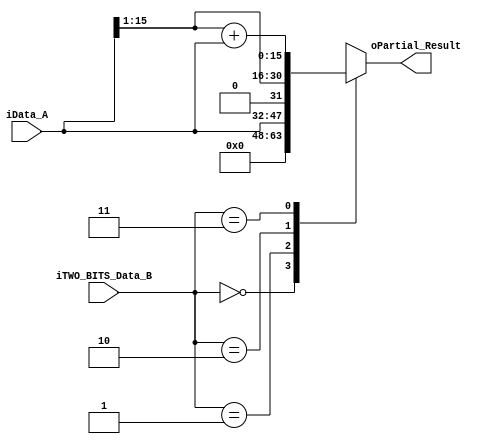
////////////////////////////////////////////////////////////////////////
/////////// TWO_BITS_LUT_MULT
////////////////////////////////////////////////////////////////////////
// Implements a multiplication of 2 bits, using LUT table implementation
// Multiplies iData_A (16b) with iTWO_BITS_Data_B (2b)
module TWO_BITS_LUT_MULT 
(
input wire [15:0] iData_A, // Input data, 15Bits multiplicand
input wire [1:0] iTWO_BITS_Data_B, // Input data, 2Bits multiplicand
output reg [15:0] oPartial_Result // Result of iData_A*iTWO_BITS_Data_B
);

always @ (*) 
	case (iTWO_BITS_Data_B)
		0: oPartial_Result = 0; // Multiplying by 0, gives 0
		1: oPartial_Result = iData_A; // Multiplying by 1, gives A
		2: oPartial_Result = iData_A >> 1; // Multiplying by 2, gives 2*A -- Multiplying by 2, its the same as a displacement to the left
		3: oPartial_Result = (iData_A >> 1) + iData_A; // Multipliying by 3, gives 3*A = A + 2*A
	endcase
endmodule
////////////////////////////////////////////////////////////////////////


////////////////////////////////////////////////////////////////////////
///// Implementation of a 4BIT multiplication, with LUT
////////////////////////////////////////////////////////////////////////
// Implements a 4bit to 16bit multiplication, using two TWO_BITS_LUT_MULT
// modules. 
module FOUR_BITS_LUT_MULT
(
input wire [15:0] iData_A, // Input data, 15Bits multiplicand
input wire [3:0] iFOUR_BITS_Data_B, // Input data, 4Bits multiplicand
output wire [15:0] oPartial_Result // Result of iData_A*iFOUR_BITS_Data_B
);

// Definitions of wires for partial results:
wire [15:0] lower_bits_result, higher_bits_result;

//// Definition of two modules of 2BIT multiplication with LUT

// Lower bit multiplication
TWO_BITS_LUT_MULT lower_bits_mult
(
	.iData_A( iData_A ),
	.iTWO_BITS_Data_B( iFOUR_BITS_Data_B[1:0] ),
	.oPartial_Result( lower_bits_result )
);

// Higher bits multiplication
TWO_BITS_LUT_MULT higher_bits_mult
(
	.iData_A( iData_A ),
	.iTWO_BITS_Data_B( iFOUR_BITS_Data_B[3:2] ),
	.oPartial_Result( higher_bits_result )
);

//// Definition of the result, based on the partial outputs
// Result is the sum of the lower bits, plus the higher bits with 2 bits shifted
assign oPartial_Result = lower_bits_result + (higher_bits_result << 2);


endmodule
////////////////////////////////////////////////////////////////////////

////////////////////////////////////////////////////////////////////////
///// Implementation of a 8BIT multiplication, with LUT
module EIGHT_BITS_LUT_MULT
(
input wire [15:0] iData_A,
input wire [7:0] iEIGHT_BITS_Data_B,
output wire [15:0] oPartial_Result
);

// Definitions of wires for partial results:
wire [15:0] lower_bits_result, higher_bits_result;

//// Definition of two modules of 2BIT multiplication with LUT

// Lower bit multiplication
FOUR_BITS_LUT_MULT lower_bits_mult
(
	.iData_A( iData_A ),
	.iFOUR_BITS_Data_B( iEIGHT_BITS_Data_B[3:0] ),
	.oPartial_Result( lower_bits_result )
);

// Higher bits multiplication
FOUR_BITS_LUT_MULT higher_bits_mult
(
	.iData_A( iData_A ),
	.iFOUR_BITS_Data_B( iEIGHT_BITS_Data_B[7:4] ),
	.oPartial_Result( higher_bits_result )
);

//// Definition of the result, based on the partial outputs
// Result is the sum of the lower bits, plus the higher bits with 2 bits shifted
assign oPartial_Result = lower_bits_result + (higher_bits_result << 4);


endmodule
////////////////////////////////////////////////////////////////////////

////////////////////////////////////////////////////////////////////////
///// Implementation of a 16BIT multiplication, with LUT
module LUT_MULT
(
input wire [15:0] iData_A,
input wire [15:0] iData_B,
output wire [15:0] oResult
);

// Definitions of wires for partial results:
wire [15:0] lower_bits_result, higher_bits_result;

//// Definition of two modules of 2BIT multiplication with LUT

// Lower bit multiplication
EIGHT_BITS_LUT_MULT lower_bits_mult
(
	.iData_A( iData_A ),
	.iEIGHT_BITS_Data_B( iData_B[7:0] ),
	.oPartial_Result( lower_bits_result )
);

// Higher bits multiplication
EIGHT_BITS_LUT_MULT higher_bits_mult
(
	.iData_A( iData_A ),
	.iEIGHT_BITS_Data_B( iData_B[15:8] ),
	.oPartial_Result( higher_bits_result )
);

//// Definition of the result, based on the partial outputs
// Result is the sum of the lower bits, plus the higher bits with 2 bits shifted
assign oResult = lower_bits_result + (higher_bits_result << 8);


endmodule
////////////////////////////////////////////////////////////////////////
////////////////////////////////////////////////////////////////////////
/////////// LUT2
////////////////////////////////////////////////////////////////////////
// Implements a multiplication of 2 bits, using LUT table implementation
// Multiplies iData_A (16b) with iTWO_BITS_Data_B (2b)
module LUT_4bits 
(
input wire [15:0] iData_A, // Input data, 15Bits multiplicand
input wire [3:0] iFOUR_BITS_Data_B, // Input data, 2Bits multiplicand
output reg [15:0] oPartial_Result // Result of iData_A*iTWO_BITS_Data_B
);

always @ (iFOUR_BITS_Data_B)
	case (iFOUR_BITS_Data_B)
		0: oPartial_Result = 0; // Multiplying by 0, gives 0
		1: oPartial_Result = iData_A; // Multiplying by 1, gives A
		2: oPartial_Result = iData_A >> 1; // Multiplying by 2, gives 2*A -- Multiplying by 2, its the same as a displacement to the left
		3: oPartial_Result = (iData_A >> 1) + iData_A; // Multipliying by 3, gives 3*A = A + 2*A
		4: oPartial_Result = (iData_A >> 2); // Multiplying by 4 is shifting two bits to the left
		5: oPartial_Result = (iData_A >> 2) + iData_A; // 5*A = 4*A + A = A>>2 + A
		6: oPartial_Result = (iData_A >> 1) + (iData_A >> 2); // 6*A = 4*A + 2*A = A>>2 + A>>1
		7: oPartial_Result = (iData_A >> 1) + (iData_A >> 2) + iData_A; // 7*A = 6*A + A =  A>>2 + A>>1 + A
		8: oPartial_Result = (iData_A >> 3);
		9: oPartial_Result = (iData_A >> 3) + iData_A;
		10: oPartial_Result = (iData_A >> 3) + (iData_A >>1);
		11: oPartial_Result = (iData_A >> 3) + (iData_A >>1) + iData_A;
		12: oPartial_Result = (iData_A >> 3) + (iData_A >>2);
		13: oPartial_Result = (iData_A >> 3) + (iData_A >>2) + iData_A;
		14: oPartial_Result = (iData_A >> 3) + (iData_A >>2) + (iData_A>>1);
		15: oPartial_Result = (iData_A >> 3) + (iData_A >>2) + (iData_A>>1) + iData_A;
	endcase 
endmodule 

module LUT_2
(
input wire [15:0] iData_A, // Input data, 16Bits multiplicand
input wire [15:0] iData_B, // Input data, 15Bits multiplicand
output wire [15:0] oResult // Result of iData_A*iTWO_BITS_Data_B
);
wire [15:0] oPartial_Results [3:0];
	genvar index;
	generate
		for ( index = 0; index < 15; index = index + 4)
			begin : MUL_COL
				LUT_4bits myLUT 
				(
				.iData_A(iData_A),
				.iFOUR_BITS_Data_B(iData_B[index+3:index]),
				.oPartial_Result(oPartial_Results[(index/4)])
				);
			end
	endgenerate
// Output definitions
assign oResult = (oPartial_Results[0]) + (oPartial_Results[1] >> 4) + (oPartial_Results[2] >> 8) + (oPartial_Results[3] >> 12);
endmodule